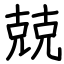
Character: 兢